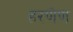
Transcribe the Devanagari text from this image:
हरणेण